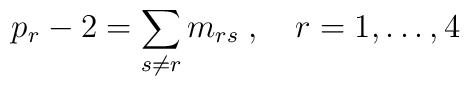
p_r-2 = \sum_{s\neq r}m_{rs}\;, \quad r=1,\ldots,4